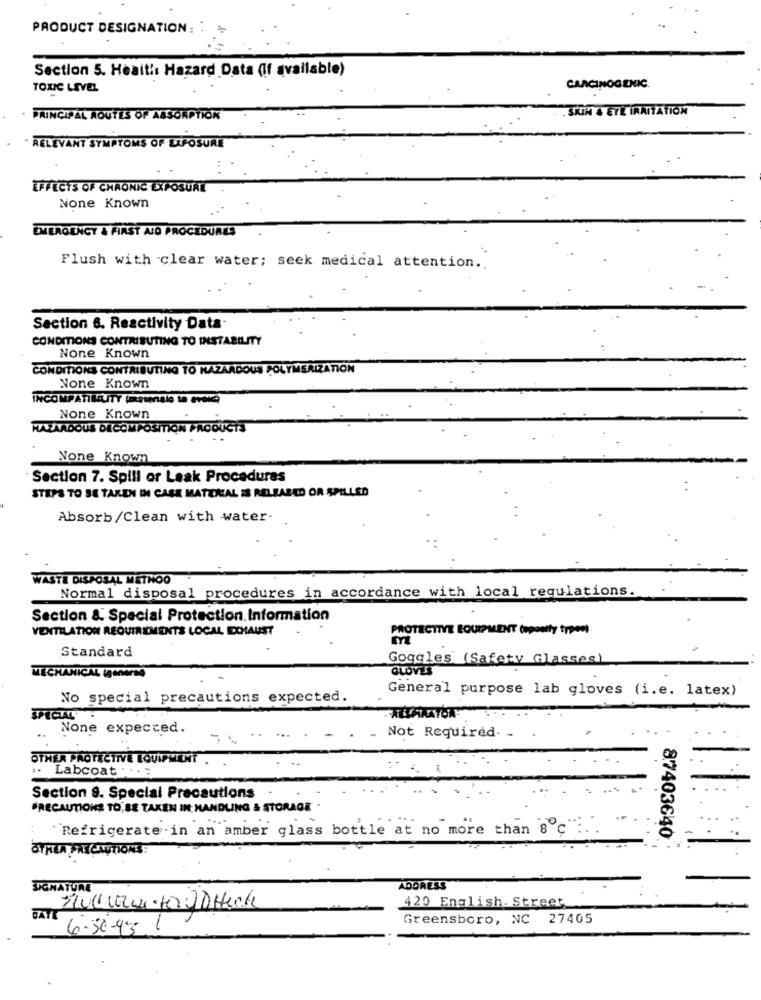
PRODUCT DESIGNATION: :
Section 5. Health Hazard Data (If available)
TOXIC LIVEL
CARCINOGENIC
. SKIN & ETÉ IRRITATION
PRINCIPAL ROUTES OF ABSORPTION
RELEVANT SYMPTOMS OF LIFOSURE
EFFECTS OF CHRONIC EXPOSURE
None Known
EMERGENCY & FIRST AID PROCEDURES
Flush with clear water; seek medical attention ..
Section 6. Reactivity Data.
CONDITIONS CONTRIBUTING TO INSTABILITY
None Known
CONDITIONS CONTRIBUTING TO HAZARDOUS POLYMERIZATION
None Known
None Known
HAZARDOUS DECOMPOSITION PRODUCTS
None Known
Section 7. Spill or Leak Procedures
STEPS TO SE TAKEN IN CASE MATERIAL IS RELEASED OR SPILLED
Absorb/Clean with water-
WASTE DISPOSAL METHOO
Normal disposal procedures in accordance with local regulations.
Section & Special Protection. Information
VENTILATION REQUIREMENTS LOCAL EXHAUST
PROTECTIVE EQUIPMENT (sponly typen)
m
Standard
Goggles (Safety Glasses)
GLOVES
MECHANICAL Igeners
General purpose lab gloves (i.e. latex)
No special precautions expected.
SPECIAL
None expected.
Not Required.
OTHER PROTECTIVE EQUIPMENT
.. Labcoat ...:
Section 9. Special Precautions
PRECAUTIONS TO BE TAKEN IN HANDLING & STORAGE
"Refrigerate .in an amber glass bottle at no more than 8 ℃" ...
87403640
STALA PRECAUTIONS :
SIGNATURE
ADDRESS
2001024 HOD Heck
420 English. Street
Greensboro, NC 27405
6-36-93 1